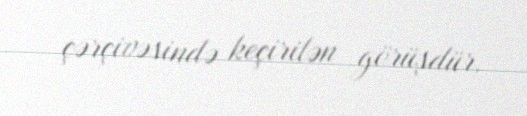
çərçivəsində keçirilən görüşdür.